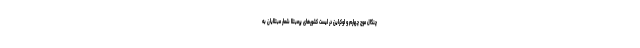
چنگال موج چهارم و اوکراین در لیست کشورهای پرمبتلا شمار مبتلایان به